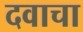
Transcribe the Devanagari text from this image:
दवाचा